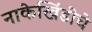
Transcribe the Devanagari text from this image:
नाकेखिंडीचे